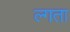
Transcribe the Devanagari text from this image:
ल्गता